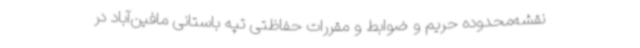
نقشه‌محدوده حریم و ضوابط و مقررات حفاظتی تپه باستانی مافین‌آباد در